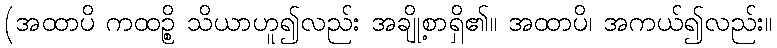
(အထာပိ ကထဉ္စိ သိယာဟူ၍လည်း အချို့စာရှိ၏။ အထာပိ၊ အကယ်၍လည်း။